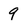
Character: 9